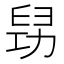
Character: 𠢈